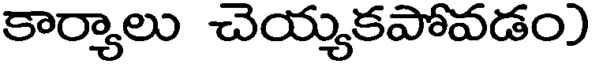
కార్యాలు చెయ్యకపోవడం)